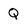
Character: Q